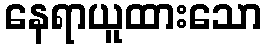
နေရာယူထားသော